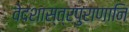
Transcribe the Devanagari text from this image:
वेदशास्त्रपुराणानि